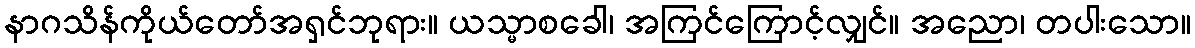
နာဂသိန်ကိုယ်တော်အရှင်ဘုရား။ ယသ္မာစခေါ၊ အကြင်ကြောင့်လျှင်။ အညော၊ တပါးသော။